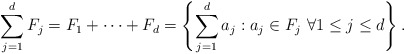
\begin{align*} \sum_{j=1}^d F_j = F_1 + \cdots + F_d = \left\{ \sum_{j=1}^d a_j : a_j \in F_j \ \forall 1 \le j \le d \right\}.\end{align*}